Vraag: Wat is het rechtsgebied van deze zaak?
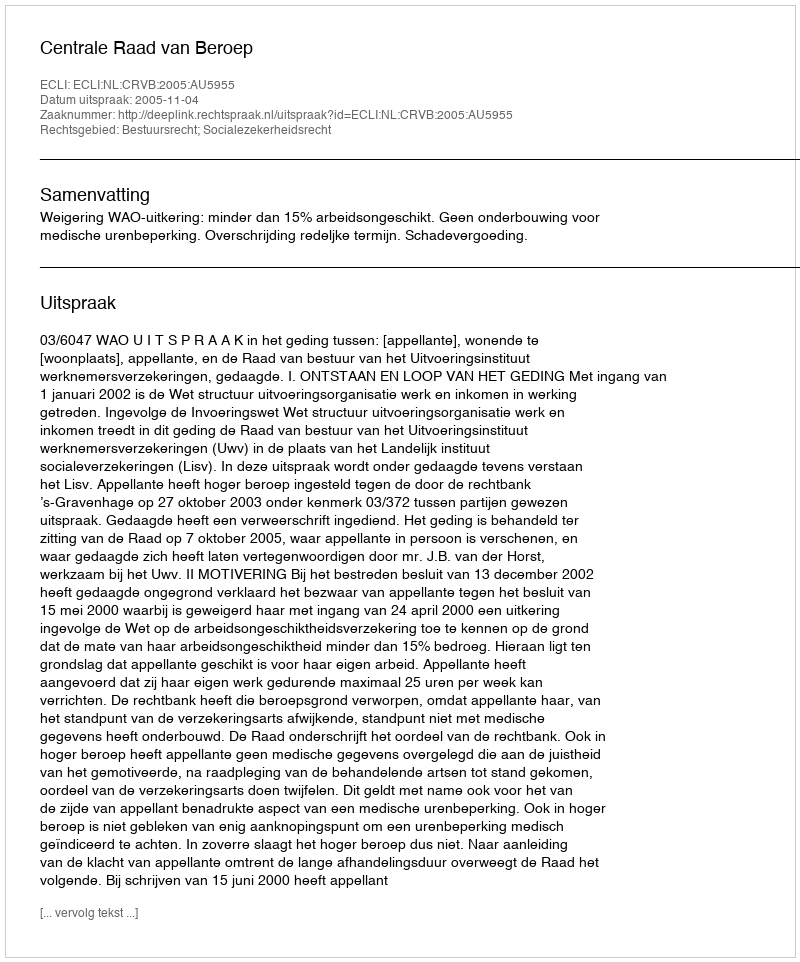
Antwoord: Bestuursrecht; Socialezekerheidsrecht